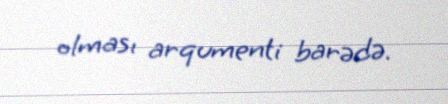
olması arqumenti barədə.